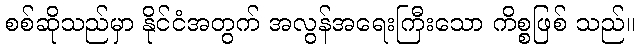
စစ်ဆိုသည်မှာ နိုင်ငံအတွက် အလွန်အရေးကြီးသော ကိစ္စဖြစ် သည်။